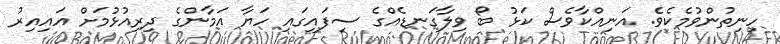
ހިނިތުންވުމެކެވެ. އަނިއްކާވެސް ކަޅު ބޯ ވިލާގަނޑެއްގެ ސިފައިގައި ހަޔާ އަމާންގެ ދިރިއުޅުމަށް އައިއިރު